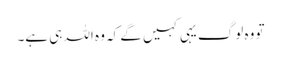
تو وہ لوگ یہی کہیں گے کہ وہ اللہ ہی ہے۔